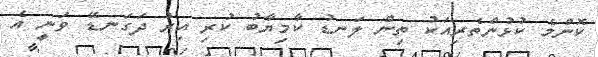
ކޮންމެ ކުޅުންތެރިއަކު ތިން ލަނޑު ކާމިޔާބު ކުރި އިރު ދަގަނޑޭ ވަނީ އެ